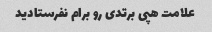
علامت هپی برتدی رو برام نفرستادید